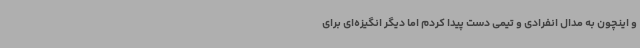
و اینچون به مدال انفرادی و تیمی دست پیدا کردم اما دیگر انگیزه‌ای برای